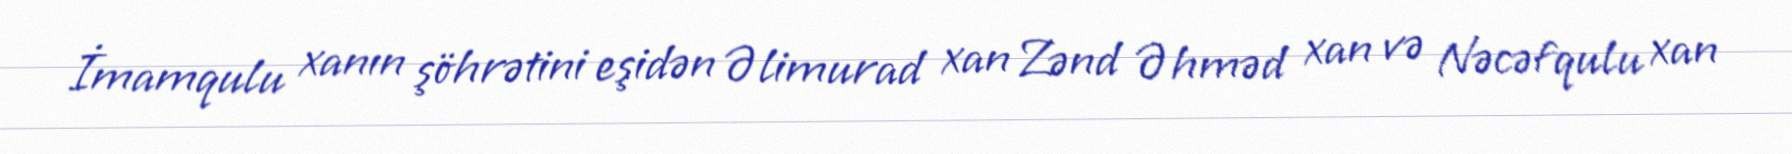
İmamqulu xanın şöhrətini eşidən Əlimurad xan Zənd Əhməd xan və Nəcəfqulu xan